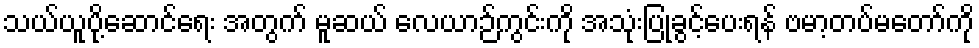
သယ်ယူပို့ဆောင်ရေး အတွက် မူဆယ် လေယာဉ်ကွင်းကို အသုံးပြုခွင့်ပေးရန် ဗမာ့တပ်မတော်ကို